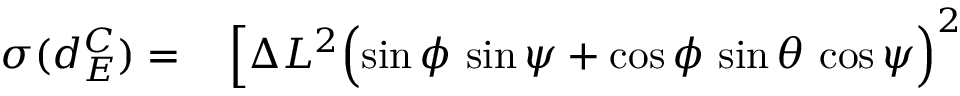
\begin{array} { r l } { \sigma ( d _ { E } ^ { C } ) = } & { { } \, \Bigl [ \Delta L ^ { 2 } \Bigl ( \sin \phi \, \sin \psi + \cos \phi \, \sin \theta \, \cos \psi \Bigr ) ^ { 2 } } \end{array}